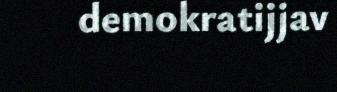
demokratijjav